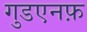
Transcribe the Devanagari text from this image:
गुडएनफ़